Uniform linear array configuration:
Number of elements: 4
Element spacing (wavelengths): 1
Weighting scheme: hann
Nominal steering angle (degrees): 0
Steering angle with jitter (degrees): -0.3205
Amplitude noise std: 0.05
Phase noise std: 0.05

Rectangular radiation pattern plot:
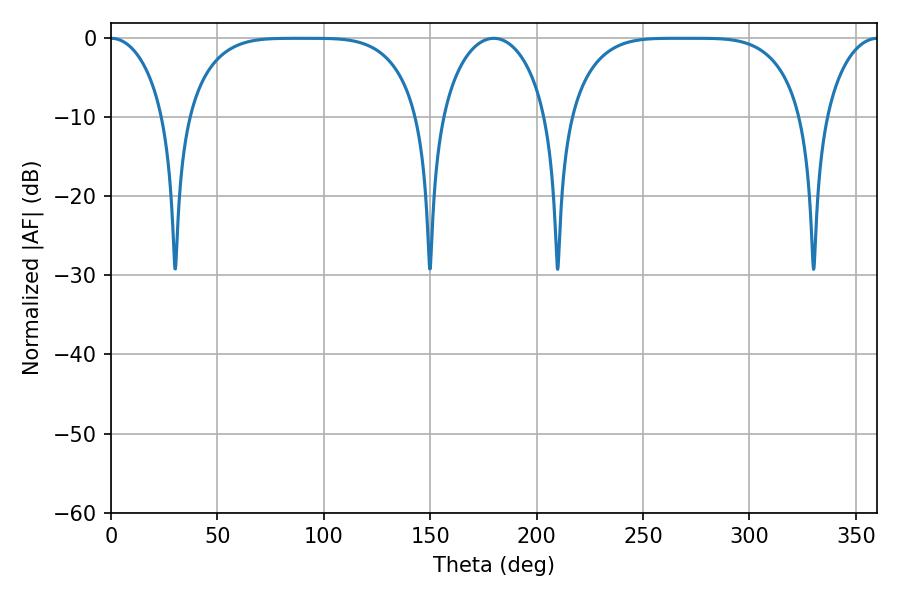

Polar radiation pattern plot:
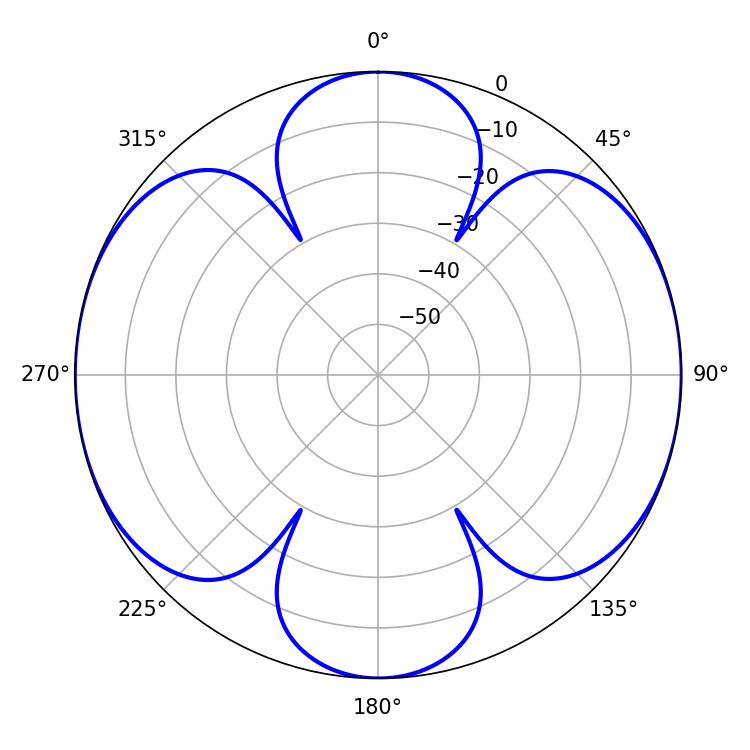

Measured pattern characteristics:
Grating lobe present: TRUE
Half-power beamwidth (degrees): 83.16
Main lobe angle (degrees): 266.04